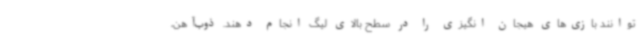
توانند بازی‌های هیجان انگیزی را در سطح بالای لیگ انجام دهند. ذوب‌آهن،